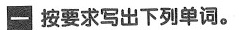
一 按要求写出下列单词。